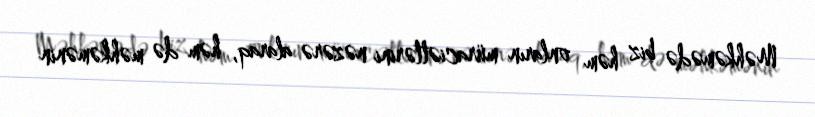
Məhkəmədə biz həm onların müraciətlərini nəzərə alaraq, həm də məhkəmənin